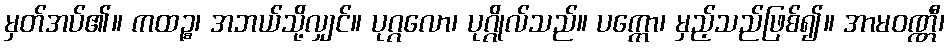
မှတ်အပ်၏။ ကထဉ္စ၊ အဘယ်သို့လျှင်။ ပုဂ္ဂလော၊ ပုဂ္ဂိုလ်သည်။ ပက္ကော၊ မှည့်သည်ဖြစ်၍။ အာမဝဏ္ဏီ၊